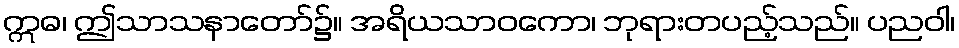
ဣဓ၊ ဤသာသနာတော်၌။ အရိယသာဝကော၊ ဘုရားတပည့်သည်။ ပညဝါ၊